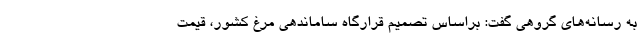
به رسانه‌های گروهی گفت: براساس تصمیم قرارگاه ساماندهی مرغ کشور، قیمت